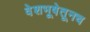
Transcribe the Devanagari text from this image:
वेशभूषेतूनच